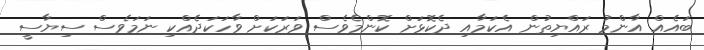
ބައެއް އާންމު ރައްޔިތުން އެކަމާއި ދެކޮޅަށް ކޮންމެވެސް ވަރަކަށް ވާހަކަދެއްކި ނަމަވެސް ސިޔާސީ